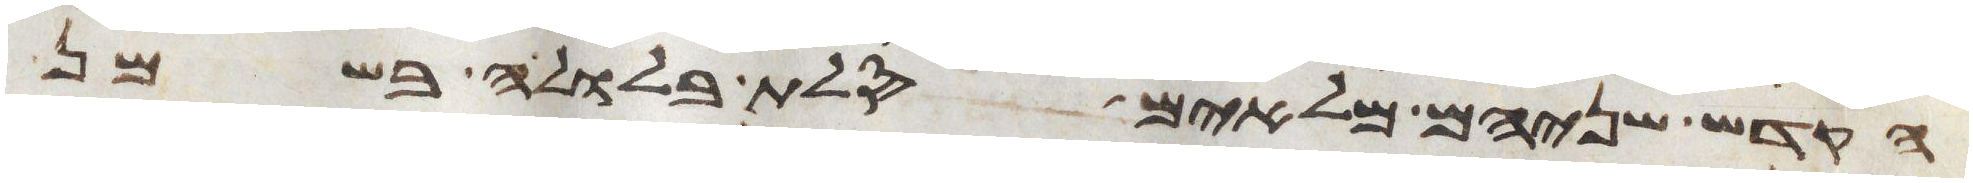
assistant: הקדש שניהם מלאים סלת בלולה בשמן